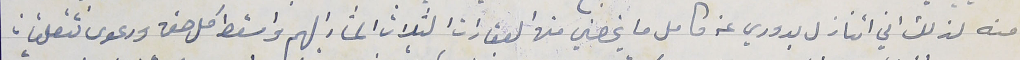
منه لذلك اني اتنازل بدوري عن كامل ما يخصني من العقارات الثلاث المشار اليهم واسقط كل حق ودعوى تتعلقان